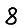
Digit: 8